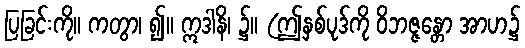
ပြခြင်းကို။ ကတွာ၊ ၍။ ဣဒါနိ၊ ၌။ (ဤနှစ်ပုဒ်ကို ဝိဘဇ္ဇန္တော အာဟ၌